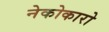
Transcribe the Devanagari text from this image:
नेकोकारो